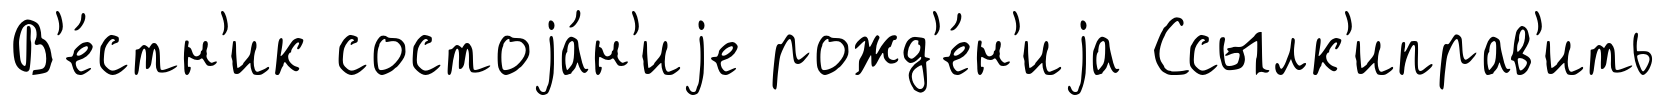
В'е́стн'ик состоjа́н'иjе рожд'е́н'иjа Ссылк'иправ'ить